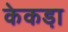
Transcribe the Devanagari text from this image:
केकडा़